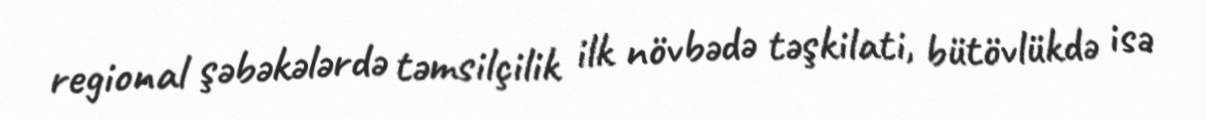
regional şəbəkələrdə təmsilçilik ilk növbədə təşkilati, bütövlükdə isə